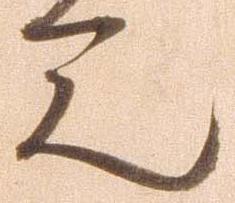
見